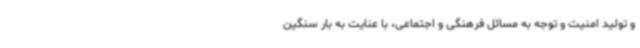
و تولید امنیت و توجه به مسائل فرهنگی و اجتماعی، با عنایت به بار سنگین